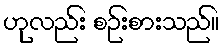
ဟုလည်း စဉ်းစားသည်။